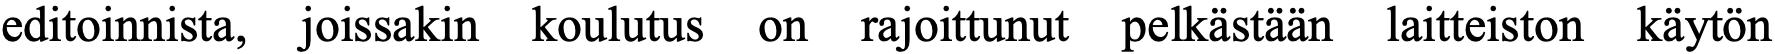
editoinnista, joissakin koulutus on rajoittunut pelkästään laitteiston käytön